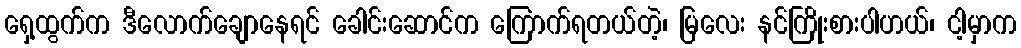
ရှေ့ထွက်က ဒီလောက်ချောနေရင် ခေါင်းဆောင်က ကြောက်ရတယ်တဲ့၊ မြလေး နင်ကြိုးစားပါဟယ်၊ ငါ့မှာက